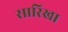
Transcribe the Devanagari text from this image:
सारिखा